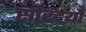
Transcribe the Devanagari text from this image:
सीरदर्यो